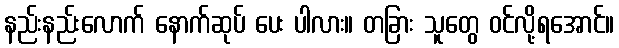
နည်းနည်းလောက် နောက်ဆုပ် ပေး ပါလား။ တခြား သူတွေ ဝင်လို့ရအောင်။